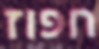
חפוז